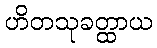
ဟိတသုခတ္ထာယ